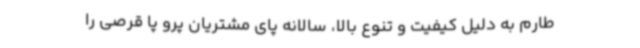
طارم به دلیل کیفیت و تنوع بالا، سالانه پای مشتریان پرو پا قرصی را